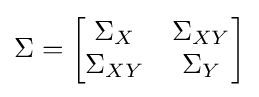
\Sigma ={\begin{bmatrix}\Sigma _{X}&\Sigma _{XY}\\\Sigma _{XY}&\Sigma _{Y}\end{bmatrix}}